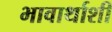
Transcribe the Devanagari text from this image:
भावार्थाशी